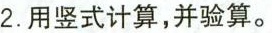
2. 用竖式计算，并验算。